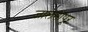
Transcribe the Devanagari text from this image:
जालनापूर